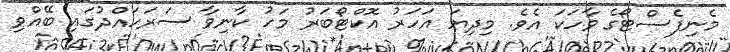
މެނިފެސްޓޯގެ ވާހަކަ އެވެ. މިދިޔަ އަހަރު އޮކްޓޯބަރު މަހު ކާނިވާ ސަރަހައްދުގައި ބޭއްވި